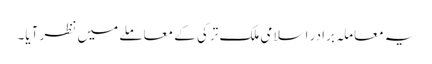
یہ معاملہ برادر اسلامی ملک ترکی کے معاملے میں نظر آیا۔